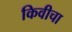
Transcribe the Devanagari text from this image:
किवीचा